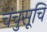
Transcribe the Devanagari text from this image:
चंचुसूचि